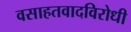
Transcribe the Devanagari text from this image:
वसाहतवादविरोधी